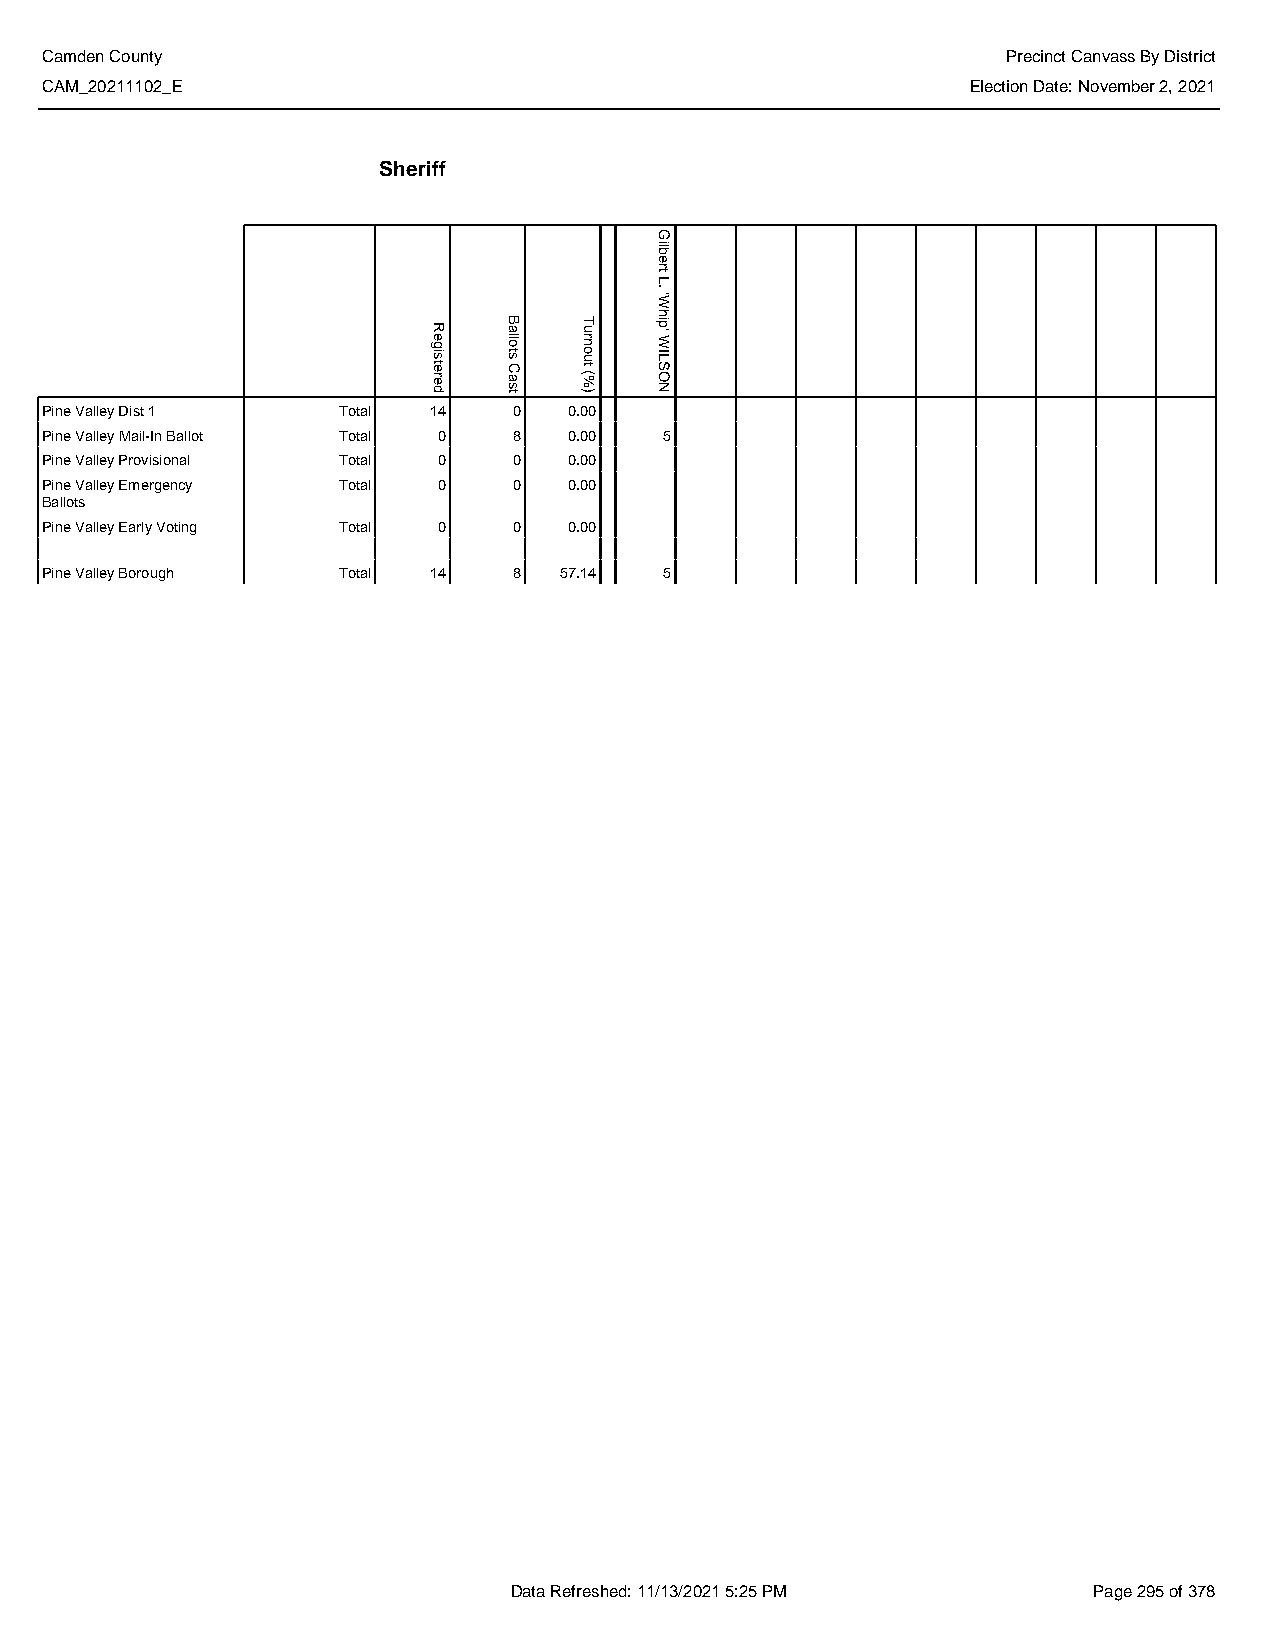
Camden County                                                   Precinct Canvass By District
 CAM_20211102_E                                               Election Date: November 2, 2021
 Sheriff
 Pine Valley Dist 1 Total 14    0   0.00
 Pine Valley Mail-In Ballot Total 0 8 0.00 5
 Pine Valley Provisional Total 0 0  0.00
 Pine Valley Emergency Total 0  0   0.00
 Ballots
 Pine Valley Early Voting Total 0 0 0.00
 Pine Valley Borough Total 14   8  57.14  5
 Data Refreshed: 11/13/2021 5:25 PM    Page 295 of 378
 Registered
 Ballots
 Cast
 Turnout
 (%)
 Gilbert
 L.
 'Whip'
 WILSON